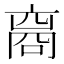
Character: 𬽘